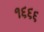
૧૬૬૬